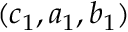
( c _ { 1 } , a _ { 1 } , b _ { 1 } )